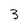
Character: 3